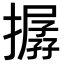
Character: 𢵔